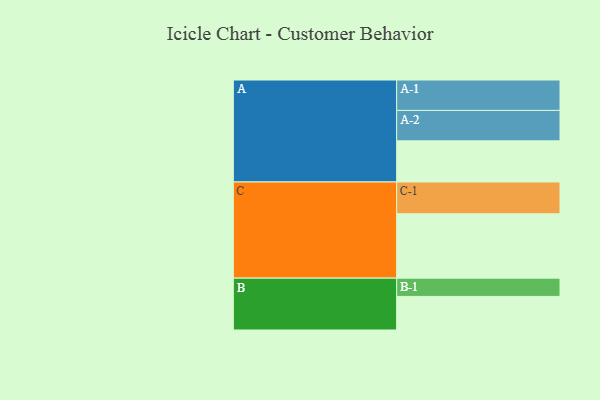
{"axis": {"x": "Segment", "y": "Value"}, "legend": ["", "A", "B", "C"], "data": [{"x": "A", "y": 376, "type": ""}, {"x": "B", "y": 307, "type": ""}, {"x": "C", "y": 588, "type": ""}, {"x": "A-1", "y": 278, "type": "A"}, {"x": "A-2", "y": 278, "type": "A"}, {"x": "B-1", "y": 167, "type": "B"}, {"x": "C-1", "y": 291, "type": "C"}]}